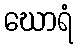
ဃောရံ